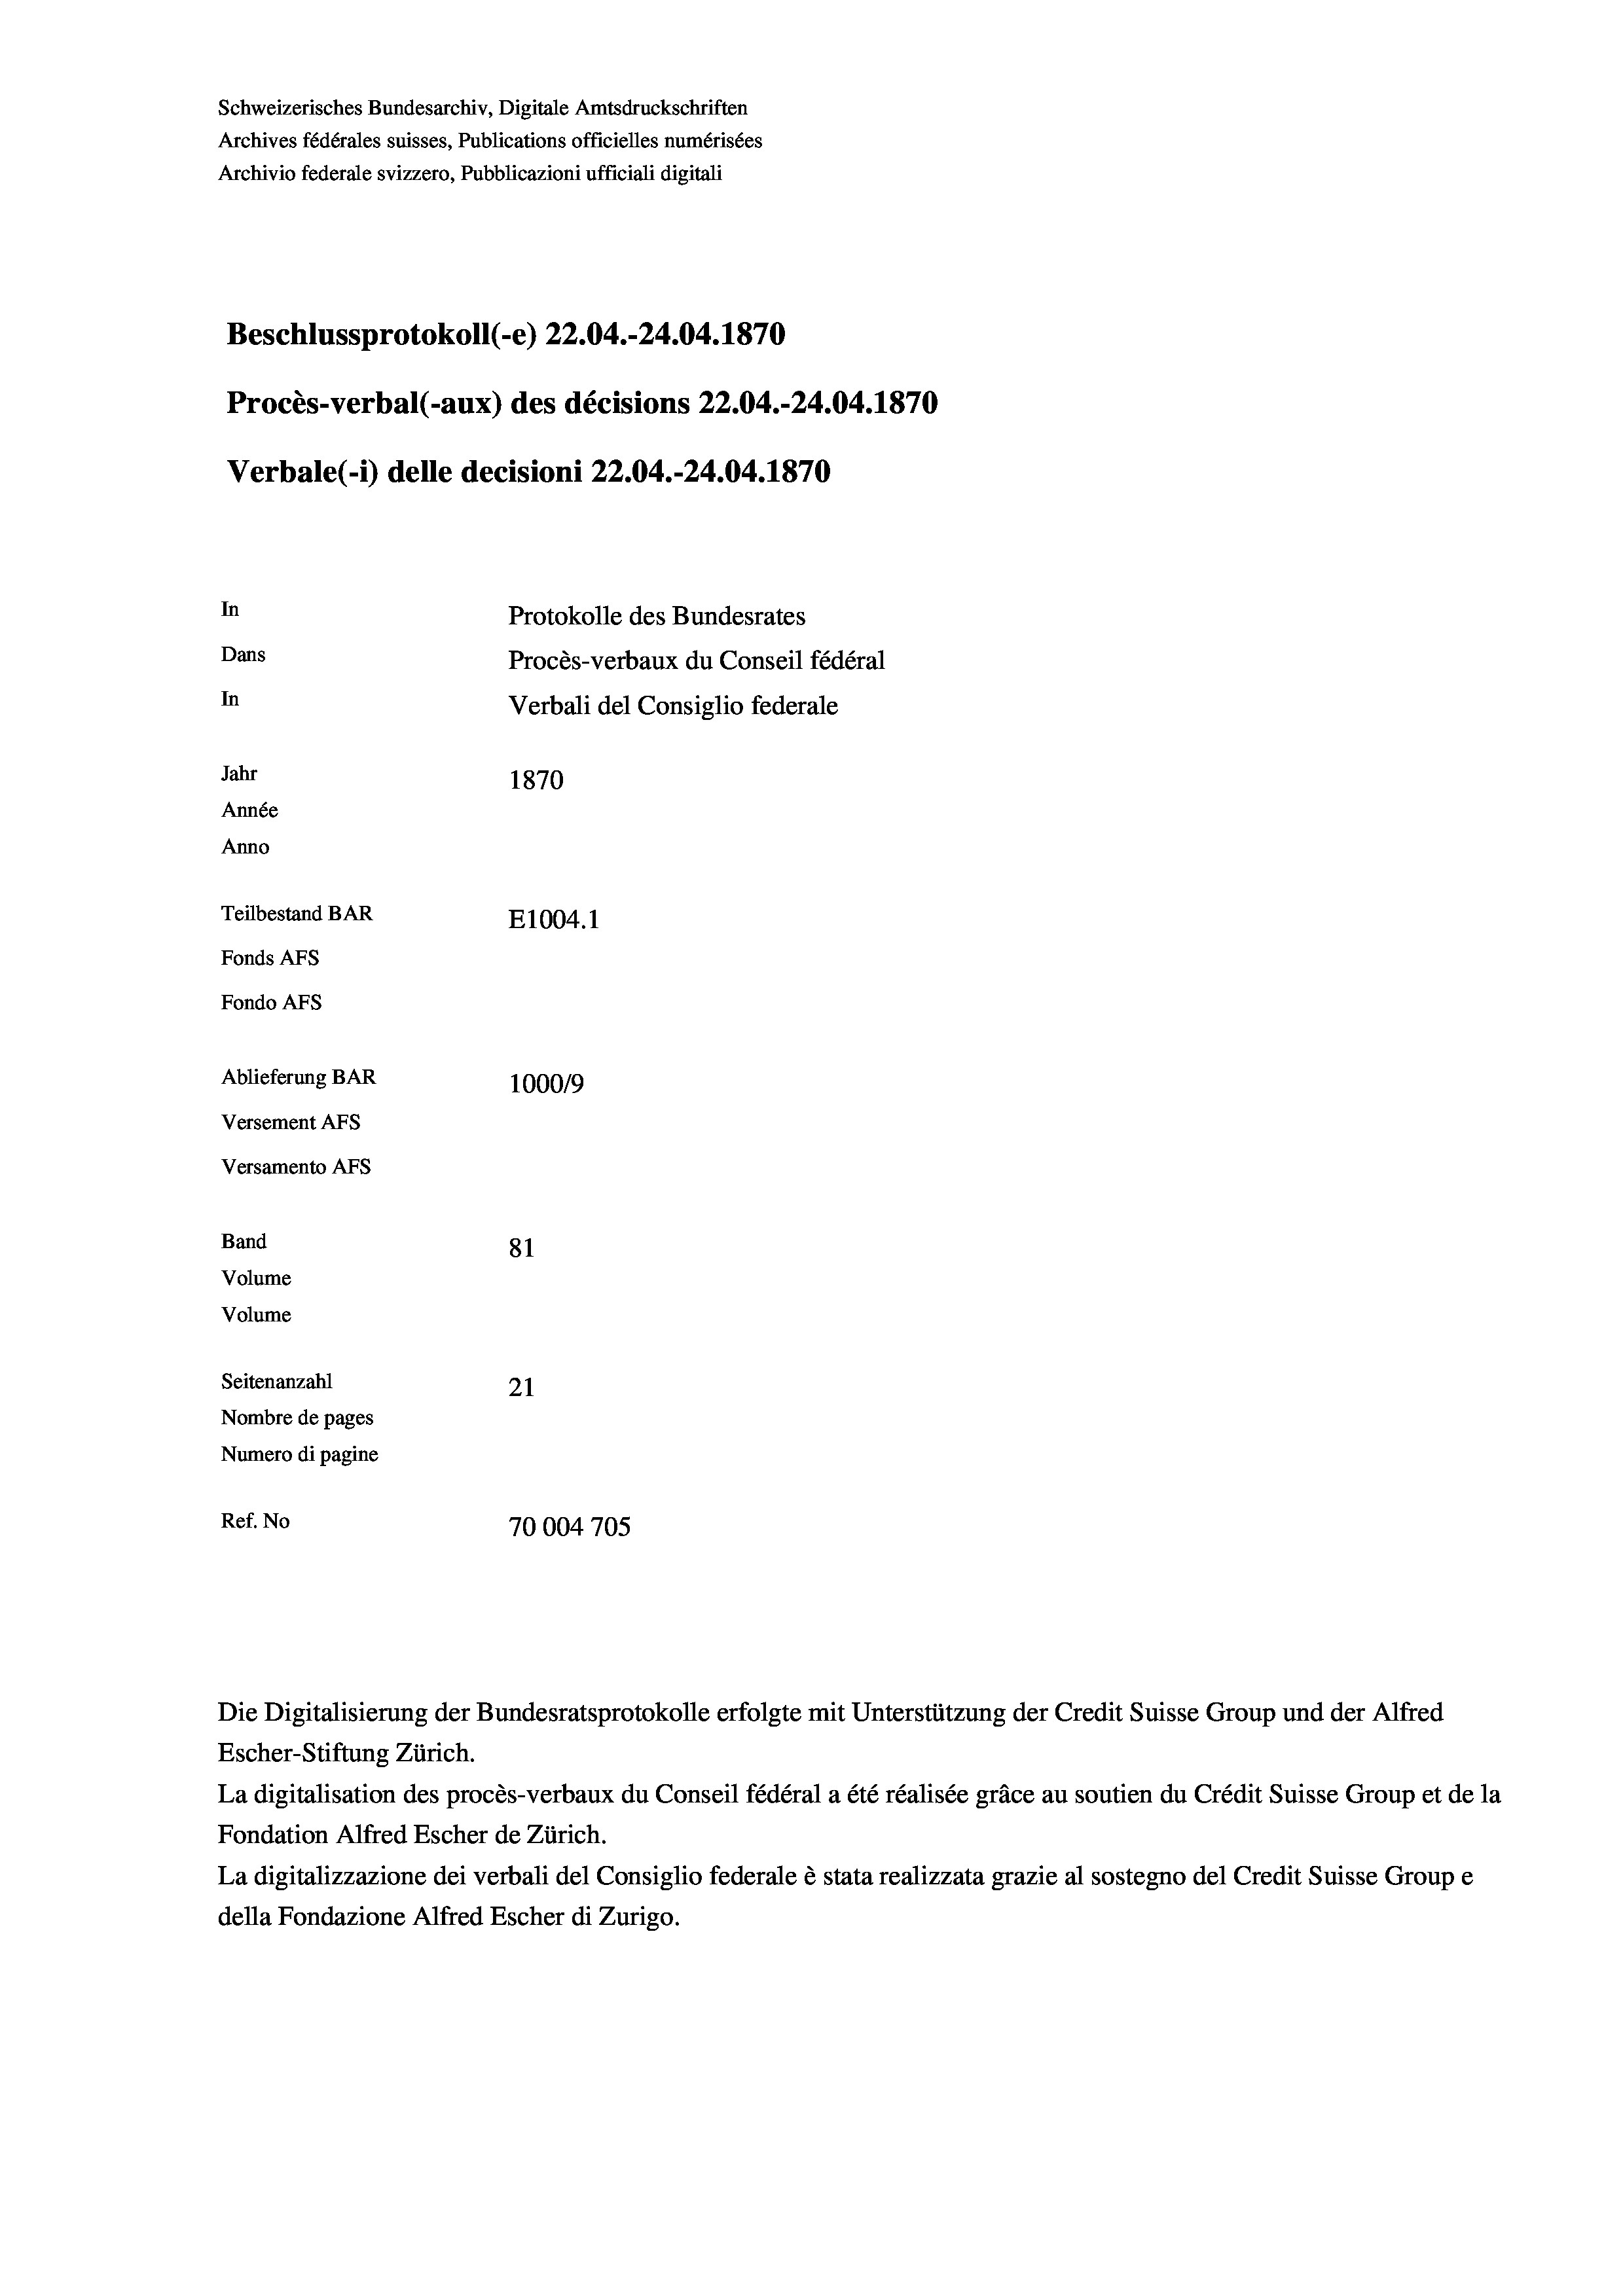
Schweizerisches Bundesarchiv, Digitale Amtsdruckschriften
Archives fédérales suisses, Publications officielles numérisées
Archivio federale svizzero, Pubblicazioni ufficiali digitali
Beschlussprotokoll (-e) 22.04.-24.04. 1870
Procès-verbal (-aux) des décisions 22.04.-24.04.1870
Verbale(-*) delle decisioni 22.04.-24.04. 1870
In
Protokolle des Bundesrates
Dans
Procès-verbaux du Conseil fédéral
In
Verbali del Consiglio federale
Jahr
1870
Année
Anno
Teilbestand BAR
E1004. 1
Fonds AFs
Fondo AFS
Ablieferung BAR
100019
Versement AFs
Versamento AFs
Band
81
Volume
Volume
Seitenanzahl
21
Nombre de pages
Numero di pagine
Ref. No
70004 705

Escher-Stiftung Zürich.
La digitalisation des procès-verbaux du Conseil fédéral a été réalisée gräce au soutien du Crédit Suisse Group et de la
Fondation Alfred Escher de Zürich.
La digitalizzazione dei verbali del Consiglio federale è stata realizzata grazie al sostegno del Credit Suisse Groupe
della Fondazione Alfred Escher di Zurigo.

Die Digitalisierung der Bundesratsprotokolle erfolgte mit Unterstützung der Credit Suisse Group und der Alfred